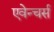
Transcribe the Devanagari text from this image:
एवेन्चर्स